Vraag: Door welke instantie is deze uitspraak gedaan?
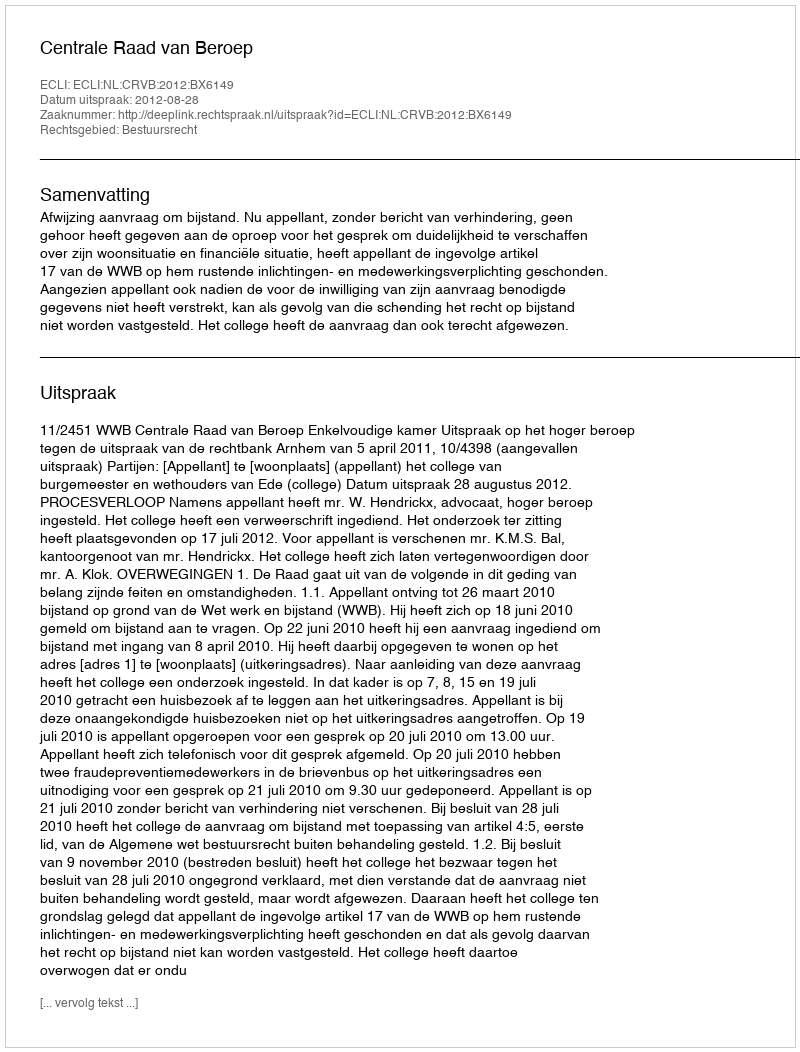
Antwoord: Centrale Raad van Beroep